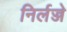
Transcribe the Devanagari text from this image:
निर्लज्जे